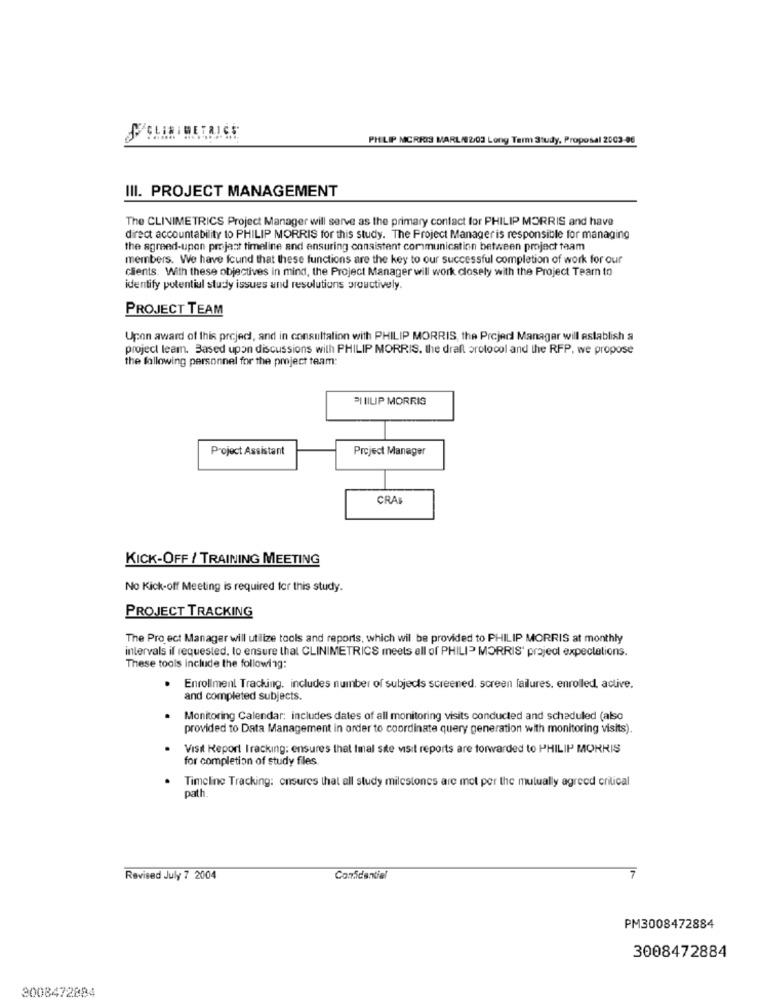
IBETRICE
PHILIP MORRIS MARL/02/03 Long Term Study, Proposal 2003-06
III. PROJECT MANAGEMENT
The CLINIMETRICS Project Manager will serve as the primary contact for PHILIP MORRIS and have
direct accountability to PHILIP MORRIS for this study. The Project Manager is responsible for managing
the agreed-upon projast timeline and ensuring consistent communication between project team
members. We have found that these functions are the key to our successful completion of work for our
clients. With these objectives in mind, the Project Manager will work closely with the Project Team to
identify potential study issues and resolutions proactively.
PROJECT TEAM
Upon award of this project, and in consultation with PHILIP MORRIS, the Projed Manager will establish a
project leam. Based upon discussions with PHILIP MORRIS, the draft protocol and the RFP, we propose
the following personnel for the project team:
PI IILIP MORRIS
Project Assistant
Project Manager
CRAS
KICK-OFF / TRAINING MEETING
No Kick-off Meeting is required for this study.
PROJECT TRACKING
The Project Manager will utilize tools and reports, which wil be provided to PHILIP MORRIS at monthly
intervals if requested, to ensure thal CLINIMETRICS meets all of PHILIP MORRIS' project expectations.
These tools include the following:
.
Enrollment Tracking, includes number of subjects screened. screen failures, enrolled, active.
and completed subjects.
Monitoring Calendar: includes dates of all monitoring visits conducted and scheduled (also
provided to Data Management in order to coordinate query generation with monitoring visits).
Visit Report Iracking: ensures that Imal site visit reports are forwarded to PHILIP MORRIS
for completion of study files.
Timeline Tracking: onsures that all study milestones are mot per the mutually agreed critical
path.
7
Revised July 7 2004
Confidential
PM3008472884
3008472884
3008472884